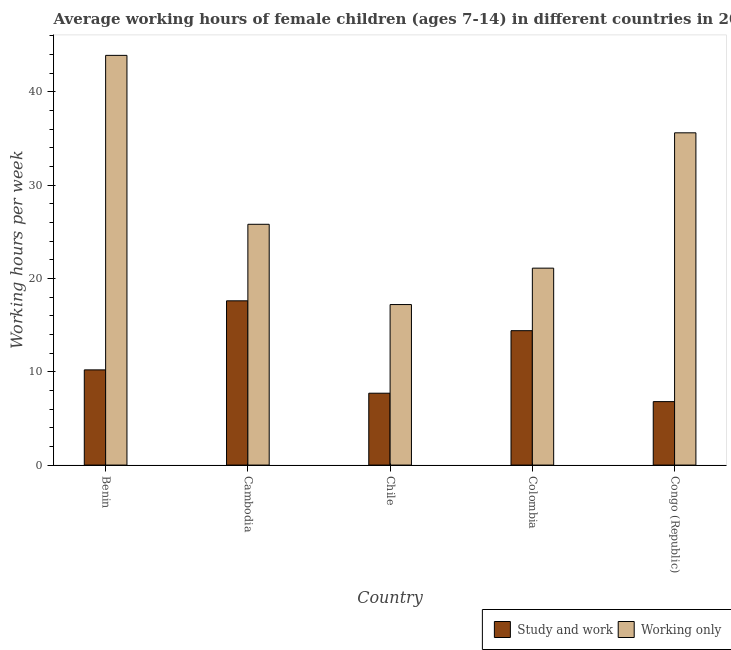
| Country | Study and work | Working only |
 | --- | --- | --- |
 | Benin | 10.2 | 43.9 |
 | Cambodia | 17.6 | 25.8 |
 | Chile | 7.7 | 17.2 |
 | Colombia | 14.4 | 21.1 |
 | Congo (Republic) | 6.8 | 35.6 |